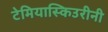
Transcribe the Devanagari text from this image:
टेमियास्किउरीनी